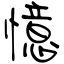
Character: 憶